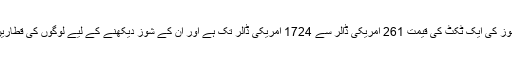
میڈونا کے ان شوز کی ایک ٹکٹ کی قیمت 261 امریکی ڈالر سے 1724 امریکی ڈالر تک ہے اور ان کے شوز دیکھنے کے لیے لوگوں کی قطاریں لگی ہوئی ہیں۔